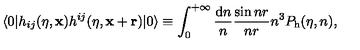
\langle 0 \vert h _ { i j } ( \eta , { \bf x } ) h ^ { i j } ( \eta , { \bf x } + { \bf r } ) \vert 0 \rangle \equiv \int _ { 0 } ^ { + \infty } \frac { \mathrm { d } n } { n } \frac { \sin n r } { n r } n ^ { 3 } P _ { \mathrm { h } } ( \eta , n ) ,